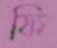
ফি